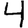
Digit: 4